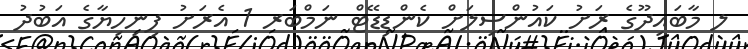
ލ މާބައިދޫގެ ރަށު ކައުންސިލަށް ކެންޑިޑޭޓް ނަމްބަރ 1 އެރަށު ފިނިހިޔާގެ އަބުދު